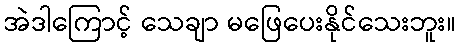
အဲဒါကြောင့် သေချာ မဖြေပေးနိုင်သေးဘူး။